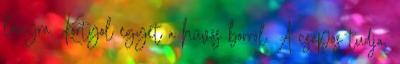
lányra. Kortyol egyet a hűvös borról. A csapos tudja,